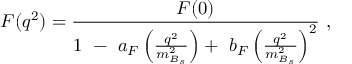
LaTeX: F ( q ^ { 2 } ) = \frac { F ( 0 ) } { 1 ~ - ~ a _ { F } \left( \frac { q ^ { 2 } } { m _ { B _ { s } } ^ { 2 } } \right) + ~ b _ { F } \left( \frac { q ^ { 2 } } { m _ { B _ { s } } ^ { 2 } } \right) ^ { 2 } } ~ ,